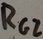
Text: RG2